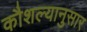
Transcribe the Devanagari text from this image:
कौशल्यानुसार